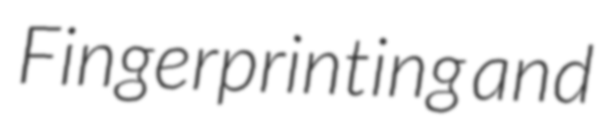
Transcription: Fingerprinting and